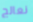
نعالج